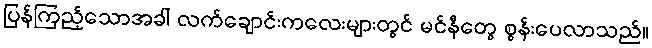
ပြန်ကြည့်သောအခါ လက်ချောင်းကလေးများတွင် မင်နီတွေ စွန်းပေလာသည်။